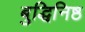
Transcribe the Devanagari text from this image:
बुद्धिनि़ष्ठ